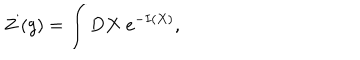
LaTeX: Z \left( g \right) = \int D X \; e ^ { - I ( X ) } ,